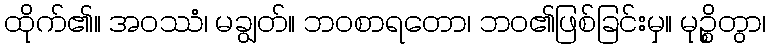
ထိုက်၏။ အဝဿံ၊ မချွတ်။ ဘဝစာရတော၊ ဘဝ၏ဖြစ်ခြင်းမှ။ မုဉ္စိတွာ၊